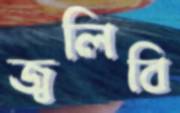
জ্বলিবি